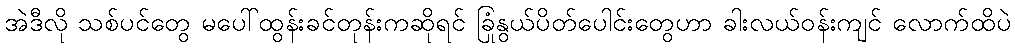
အဲဒီလို သစ်ပင်တွေ မပေါ်ထွန်းခင်တုန်းကဆိုရင် ခြုံနွယ်ပိတ်ပေါင်းတွေဟာ ခါးလယ်ဝန်းကျင် လောက်ထိပဲ